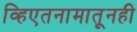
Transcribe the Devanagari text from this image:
व्हिएतनामातूनही